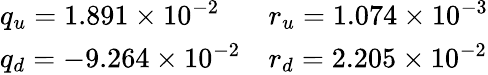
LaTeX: \begin{array}{ll}{{q_{u}=1.891\times 10^{-2}}}&{{r_{u}=1.074\times 10^{-3}}}\\ {{q_{d}=-9.264\times 10^{-2}}}&{{r_{d}=2.205\times 10^{-2}}}\end{array}